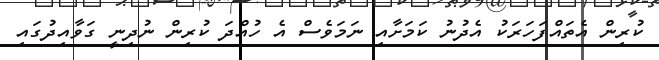
ކުރިން އެތައްފަހަރަކު އެދުނު ކަމަށާއި ނަމަވެސް އެ ހުއްދަ ކުރިން ނުދިނީ ގަވާއިދުގައި